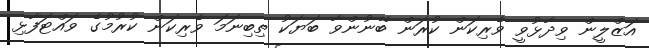
އަޒްލީން ވިދާޅުވީ ވެރިކަން ކުރަން ބޭނުންވާ ބަޔަކު ތިބިނަމަ ވެރިކަން ކުރުމުގެ ވައްޓަފާޅި